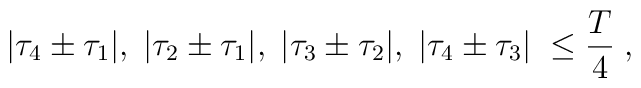
| {\tau}_4 \pm {\tau}_1 |, \; | {\tau}_2 \pm {\tau}_1 |, \; | {\tau}_3 \pm {\tau}_2 |, \; | {\tau}_4 \pm {\tau}_3 | \; \leq \frac{T}{4} \; ,